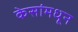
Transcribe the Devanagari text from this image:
केसांमधून